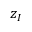
z _ { I }